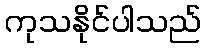
ကုသနိုင်ပါသည်